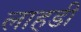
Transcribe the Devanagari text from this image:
लाहडी